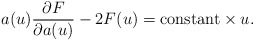
\begin{align*}a(u)\frac{\partial F}{\partial a(u)} -2 F(u) = \mbox{constant}\times u.\end{align*}